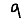
Digit: 9